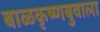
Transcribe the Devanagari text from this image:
बाळकृष्णबुवाला